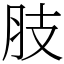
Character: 肢